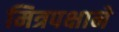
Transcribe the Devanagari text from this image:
मित्रपक्षाने